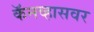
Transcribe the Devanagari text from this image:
कॅनव्हासवर